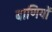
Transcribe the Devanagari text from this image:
बाणियों